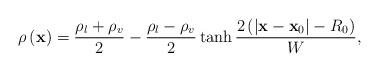
LaTeX: \begin{align*}\rho \left( {\bf{x}} \right) = \frac{{{\rho _l} + {\rho _v}}}{2} - \frac{{{\rho _l} - {\rho _v}}}{2}\tanh \frac{{2\left( {\left| {{\bf{x}} - {{\bf{x}}_0}} \right| - {R_0}} \right)}}{W},\end{align*}